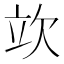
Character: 𣢦